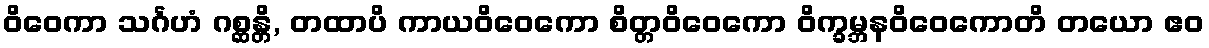
ဝိဝေကာ သင်္ဂဟံ ဂစ္ဆန္တိ, တထာပိ ကာယဝိဝေကော စိတ္တဝိဝေကော ဝိက္ခမ္ဘနဝိဝေကောတိ တယော ဧဝ